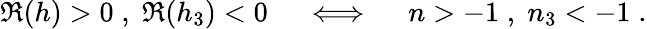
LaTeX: \Re(h)>0\; ,\; \Re(h_{3})<0\quad\iff\quad n>-1\; ,\; n_{3}<-1\; .